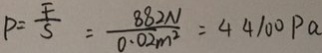
P = \frac { F } { S } = \frac { 8 8 2 N } { 0 . 0 2 m ^ { 2 } } = 4 4 1 0 0 p a